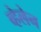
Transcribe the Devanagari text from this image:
व्हेलेन